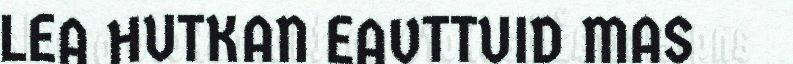
LEA HUTKAN EAVTTUID MAS